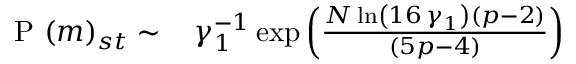
\begin{array} { r l } { \mathrm { ~ P ~ } ( m ) _ { s t } \sim \, } & { { } \gamma _ { 1 } ^ { - 1 } \exp \left( { \frac { N \ln \left( 1 6 \, \gamma _ { 1 } \right) \left( p - 2 \right) } { \left( 5 p - 4 \right) } } \right) } \end{array}